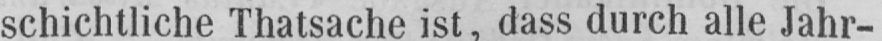
schichtliche Thatsache ist, dass durch alle Jahr-